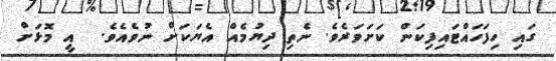
ގައި ހިފަހައްޓައިފިކަން ކަށަވަރެވެ. ނެތި ދިޔުމެއް އެޔަކަށް ނުވެއެވެ.  އީ މޮޅަށް